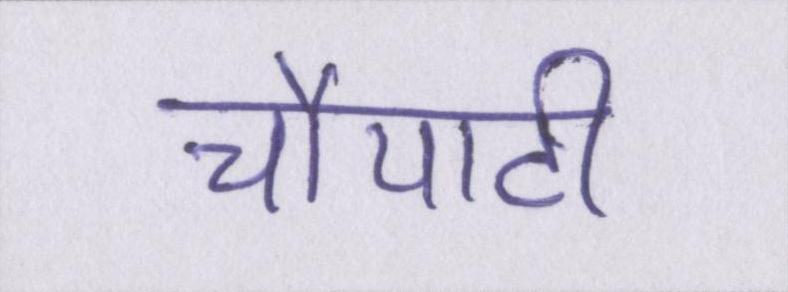
चौपाटी